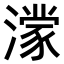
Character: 𪷟